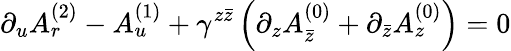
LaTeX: \partial_{u}A_{r}^{(2)}-A_{u}^{(1)}+\gamma^{z\bar{z}}\left(\partial_{z}A_{\bar{z}}^{(0)}+\partial_{\bar{z}}A_{z}^{(0)}\right)=0